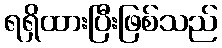
ရရှိထားပြီးဖြစ်သည်